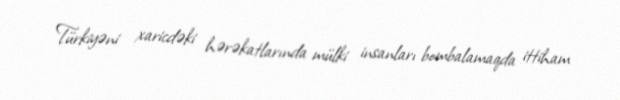
Türkiyəni xaricdəki hərəkatlarında mülki insanları bombalamaqda ittiham